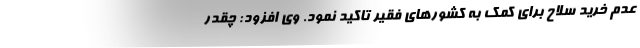
عدم خرید سلاح برای کمک به کشورهای فقیر تاکید نمود. وی افزود: چقدر